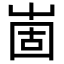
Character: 𡹍